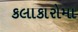
કલાકારોમા